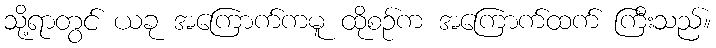
သို့ရာတွင် ယခု အကြောက်ကမူ ထိုစဉ်က အကြောက်ထက် ကြီးသည်။